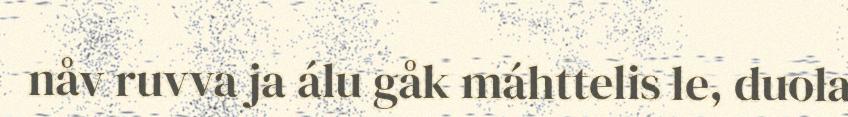
nåv ruvva ja álu gåk máhttelis le, duola